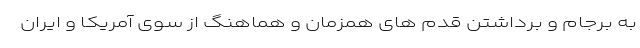
به برجام و برداشتن قدم های همزمان و هماهنگ از سوی آمریکا و ایران